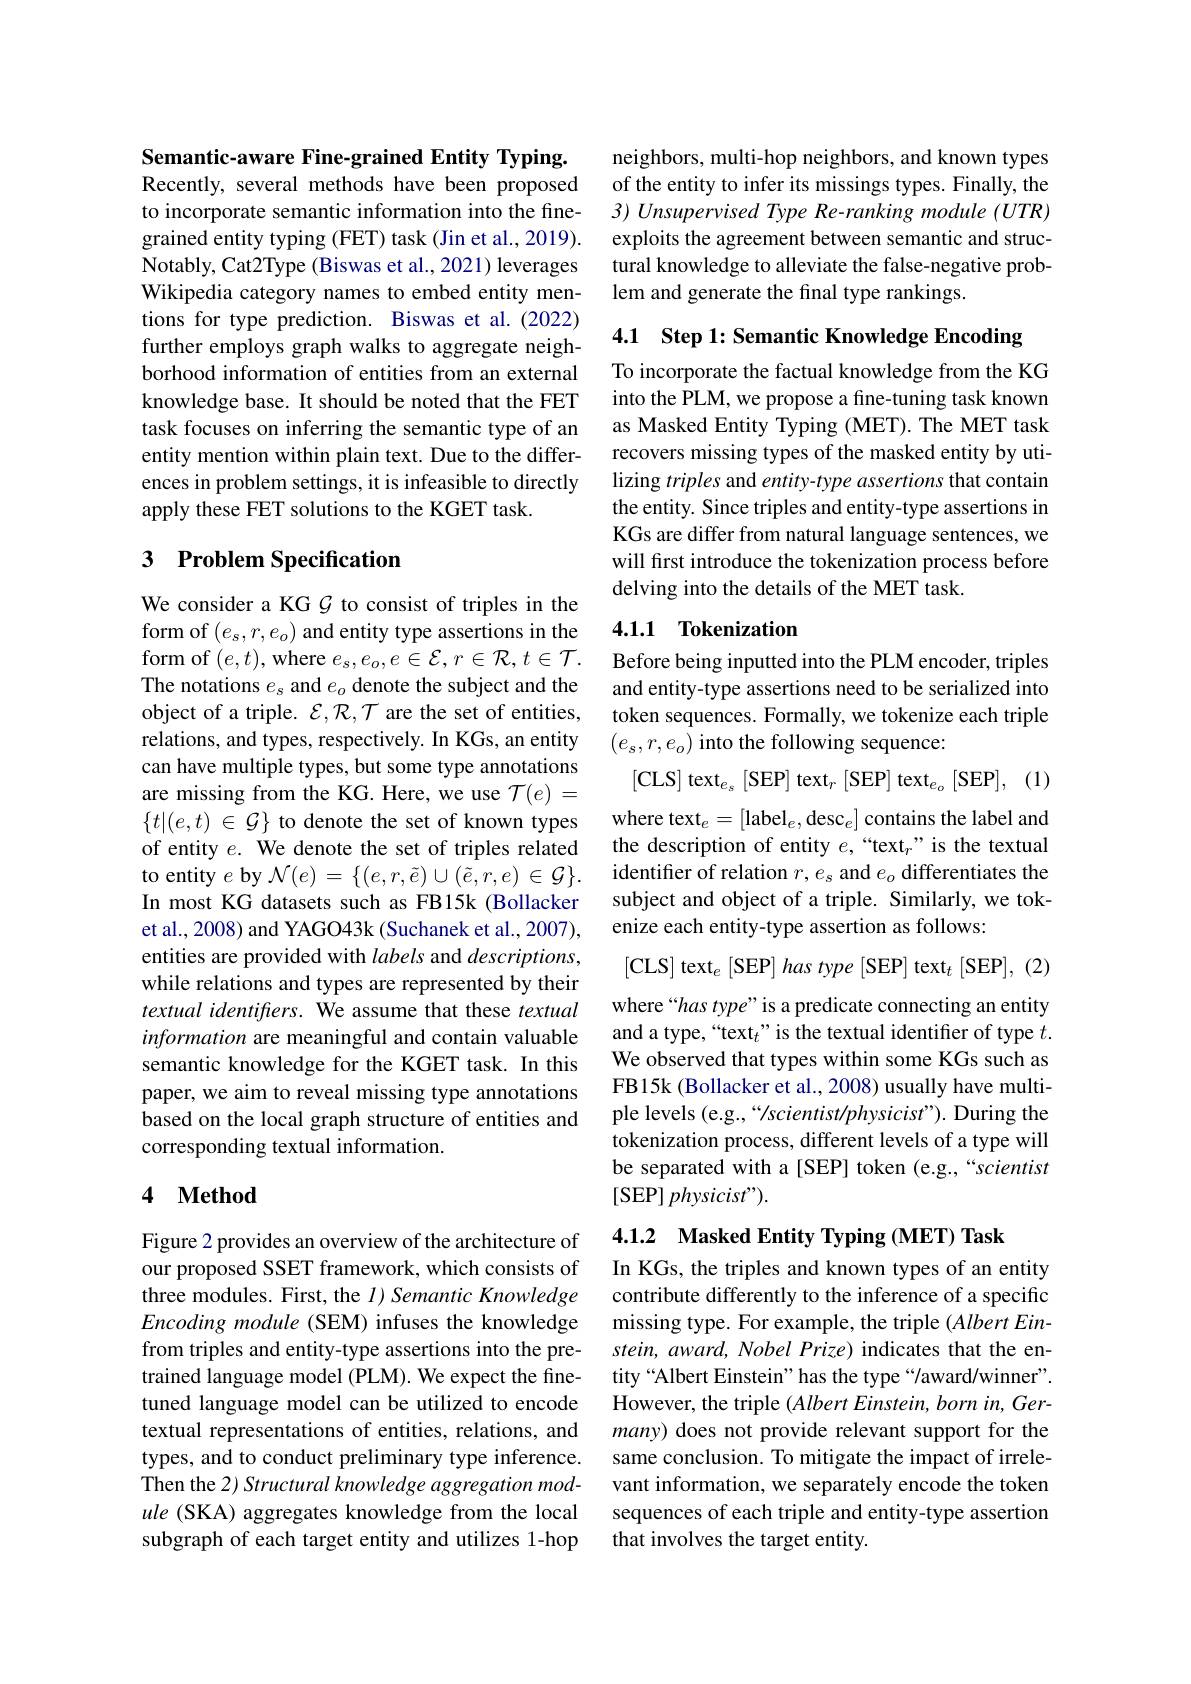
Semantic-aware Fine-grained Entity Typing.

Recently, several methods have been proposed to incorporate semantic information into the finegrained entity typing (FET) task (Jin et al., 2019). Notably, Cat2Type (Biswas et al., 2021) leverages Wikipedia category names to embed entity mentions for type prediction. Biswas et al.(2022) further employs graph walks to aggregate neighborhood information of entities from an external knowledge base. It should be noted that the FET task focuses on inferring the semantic type of an entity mention within plain text. Due to the differences in problem settings, it is infeasible to directly apply these FET solutions to the KGET task.

## 3 Problem Specification

We consider a KG $\mathcal{G}$ to consist of triples in the form of $(e_s,r,e_o)$ and entity type assertions in the form of $(e,t)$,where $e_s,e_o,e\in\mathcal{E},r\in\mathcal{R},t\in\mathcal{T}.$ The notations $e_s$ and $e_o$ denote the subject and the object of a triple. $\mathcal{E},\mathcal{R},\mathcal{T}$ are the set of entities, relations, and types, respectively. In KGs, an entity can have multiple types, but some type annotations are missing from the KG. Here, we use $\mathcal{T}(e)=$ $\{ t| ( e, t)$ $\in$ $\mathcal{G} \}$ to denote the set of known types of entity $e.$ We denote the set of triples related to entity $e$ by $\mathcal{N}(e)=\{(e,r,\tilde{e})\cup(\tilde{e},r,e)\in\mathcal{G}\}.$ In most KG datasets such as FB15k (Bollacker et al., 2008) and YAGO43k (Suchanek et al., 2007), entities are provided with labels and $descriptions$, while relations and types are represented by their textual identifters. We assume that these textual information are meaningful and contain valuable semantic knowledge for the KGET task. In this paper, we aim to reveal missing type annotations based on the local graph structure of entities and corresponding textual information.

### 4 $\textbf{Method}$

Figure 2 provides an overview of the architecture of our proposed SSET framework, which consists of three modules. First, the $I) \textit{Semantic Knowledge}$ Encoding module (SEM) infuses the knowledge from triples and entity-type assertions into the pretrained language model (PLM). We expect the finetuned language model can be utilized to encode textual representations of entities, relations, and types, and to conduct preliminary type inference. Then the 2) Structural knowledge aggregation module (SKA) aggregates knowledge from the local subgraph of each target entity and utilizes 1-hop

neighbors, multi-hop neighbors, and known types of the entity to infer its missings types. Finally, the 3) Unsupervised Type Re-ranking module (UTR) exploits the agreement between semantic and structural knowledge to alleviate the false-negative problem and generate the final type rankings.

4.1 Step 1: Semantic Knowledge Encoding

To incorporate the factual knowledge from the KG into the PLM, we propose a fine-tuning task known as Masked Entity Typing (MET). The MET task recovers missing types of the masked entity by utilizing triples and entity-type assertions that contain the entity. Since triples and entity-type assertions in KGs are differ from natural language sentences, we will first introduce the tokenization process before delving into the details of the MET task.

## 4.1.1 Tokenization

Before being inputted into the PLM encoder, triples and entity-type assertions need to be serialized into token sequences. Formally, we tokenize each triple $(e_s,r,e_o)$ into the following sequence:

[CLS] text$_e_s[\mathrm{SEP}]$ text$_r[$SEP] text$_e_o[\mathrm{SEP}],\:(1)$

where text$_e=[\mathrm{label}_e,\mathrm{desc}_e]$ contains the label and the description of entity $e,“\text{text}_r”$ is the textual identifer of relation $r,e_s$ and $e_o$ differentiates the subject and object of a triple. Similarly, we tokenize each entity-type assertion as follows:

[CLS] text$_e[$SEP] has type [SEP] text$_t[$SEP],(2)

where“has type”is a predicate connecting an entity and a type, “text$_t$”is the textual identiffer of type $t.$ We observed that types within some KGs such as FB15k (Bollacker et al., 2008) usually have multiple levels (e.g.,“/scientist/physicist”). During the tokenization process, different levels of a type will be separated with a [SEP] token (e.g.,“scientist [SEP] physicist").

4.1.2 Masked Entity Typing (MET) Task

In KGs, the triples and known types of an entity contribute differently to the inference of a specific missing type. For example, the triple $(AlbertEin-$ stein, award, Nobel Prize) indicates that the entity “Albert Einstein” has the type“/award/winner”. However, the triple $( Albert\textit{Einstein, born in, Ger- }$ many) does not provide relevant support for the same conclusion. To mitigate the impact of irrelevant information, we separately encode the token sequences of each triple and entity-type assertion that involves the target entity.